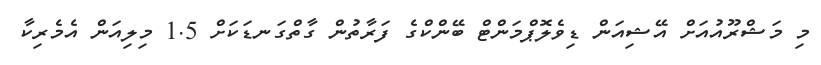
މި މަޝްރޫއުއަށް އޭޝިއަން ޑިވެލޮޕްމަންޓް ބޭންކްގެ ފަރާތުން ގާތްގަނޑަކަށް 1.5 މިލިއަން އެމެރިކާ